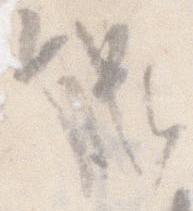
能